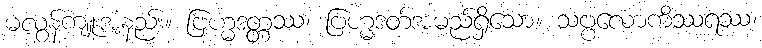
မလွန်ကျူးအံ့နည်း။ ဗြဟ္မဒတ္တဿ၊ ဗြဟ္မဒတ်အမည်ရှိသော။ သဗ္ဗလောကိဿရဿ၊